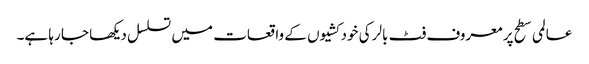
عالمی سطح پر معروف فٹ بالر کی خودکشیوں کے واقعات میں تسلسل دیکھا جا رہا ہے۔